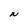
Character: N